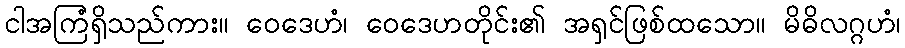
ငါအကြံရှိသည်ကား။ ဝေဒေဟံ၊ ဝေဒေဟတိုင်း၏ အရှင်ဖြစ်ထသော။ မိဓိလဂ္ဂဟံ၊